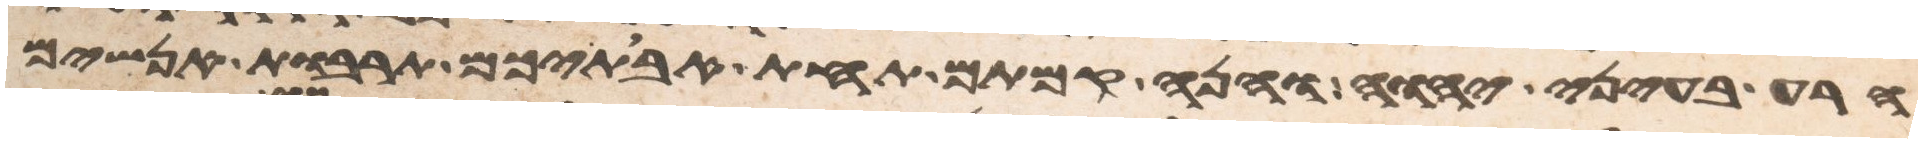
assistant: הרע בעיני יהוה והנה קמתם תחת אבתיכם תרבות אנשים